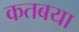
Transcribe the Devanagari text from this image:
कतबया